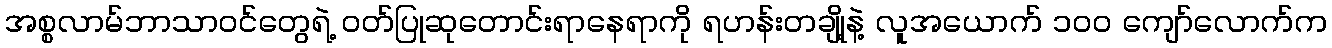
အစ္စလာမ်ဘာသာဝင်တွေရဲ့ ဝတ်ပြုဆုတောင်းရာနေရာကို ရဟန်းတချို့နဲ့ လူအယောက် ၁၀၀ ကျော်လောက်က